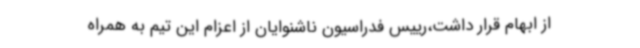
از ابهام قرار داشت،رییس فدراسیون ناشنوایان از اعزام این تیم به همراه